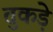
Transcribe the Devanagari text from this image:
तुकड़े